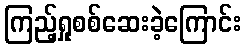
ကြည့်ရှုစစ်ဆေးခဲ့ကြောင်း